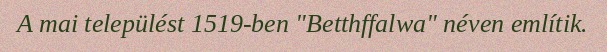
A mai települést 1519-ben "Betthffalwa" néven említik.